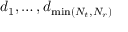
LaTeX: d _ { 1 } , \ldots , d _ { \operatorname* { m i n } ( N _ { t } , N _ { r } ) }